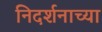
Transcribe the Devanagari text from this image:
निदर्शनाच्या